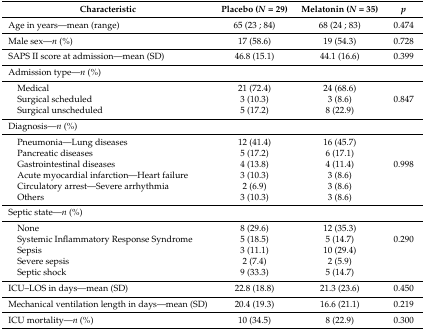
| Characteristic | Placebo (N = 29) | Melatonin (N = 35) | p |
 | --- | --- | --- | --- |
 | Age in years—mean (range) | 65 (23 ; 84) | 68 (24 ; 83) | 0.474 |
 | Male sex—n (%) | 17 (58.6) | 19 (54.3) | 0.728 |
 | SAPS II score at admission—mean (SD) | 46.8 (15.1) | 44.1 (16.6) | 0.399 |
 | Admission type—n (%) |  |  |  |
 | Medical | 21 (72.4) | 24 (68.6) |  |
 | Surgical scheduled | 3 (10.3) | 3 (8.6) | 0.847 |
 | Surgical unscheduled | 5 (17.2) | 8 (22.9) |  |
 | Diagnosis—n (%) |  |  |  |
 | Pneumonia—Lung diseases | 12 (41.4) | 16 (45.7) |  |
 | Pancreatic diseases | 5 (17.2) | 6 (17.1) |  |
 | Gastrointestinal diseases | 4 (13.8) | 4 (11.4) | 0.998 |
 | Acute myocardial infarction—Heart failure | 3 (10.3) | 3 (8.6) |  |
 | Circulatory arrest—Severe arrhythmia | 2 (6.9) | 3 (8.6) |  |
 | Others | 3 (10.3) | 3 (8.6) |  |
 | Septic state—n (%) |  |  |  |
 | None | 8 (29.6) | 12 (35.3) |  |
 | Systemic Inflammatory Response Syndrome | 5 (18.5) | 5 (14.7) | 0.290 |
 | Sepsis | 3 (11.1) | 10 (29.4) |  |
 | Severe sepsis | 2 (7.4) | 2 (5.9) |  |
 | Septic shock | 9 (33.3) | 5 (14.7) |  |
 | ICU–LOS in days—mean (SD) | 22.8 (18.8) | 21.3 (23.6) | 0.450 |
 | Mechanical ventilation length in days—mean (SD) | 20.4 (19.3) | 16.6 (21.1) | 0.219 |
 | ICU mortality—n (%) | 10 (34.5) | 8 (22.9) | 0.300 |